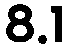
8.1